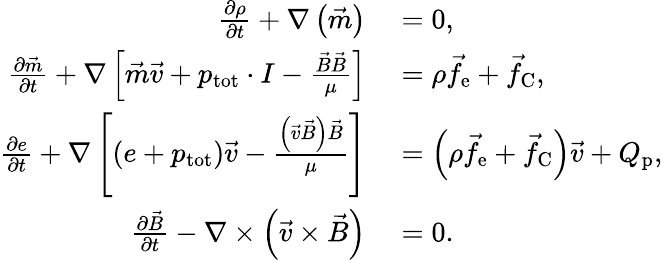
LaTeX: \begin{array}{rl}{\frac{\partial\rho}{\partial t}+\nabla\left(\vec{m}\right)}&{{}=0,}\\ {\frac{\partial\vec{m}}{\partial t}+\nabla\left[\vec{m}\vec{v}+p_{\mathrm{tot}}\cdot I-\frac{\vec{B}\vec{B}}{\mu}\right]}&{{}=\rho\vec{f}_{\mathrm{e}}+\vec{f}_{\mathrm{C}},}\\ {\frac{\partial e}{\partial t}+\nabla\left[\left(e+p_{\mathrm{tot}}\right)\vec{v}-\frac{\left(\vec{v}\vec{B}\right)\vec{B}}{\mu}\right]}&{{}=\left(\rho\vec{f}_{\mathrm{e}}+\vec{f}_{\mathrm{C}}\right)\vec{v}+Q_{\mathrm{p}},}\\ {\frac{\partial\vec{B}}{\partial t}-\nabla\times\left(\vec{v}\times\vec{B}\right)}&{{}=0.}\end{array}